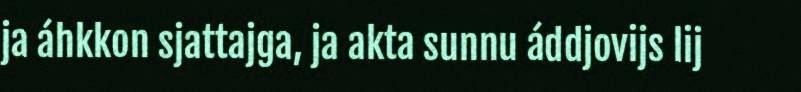
ja áhkkon sjattajga, ja akta sunnu áddjovijs lij